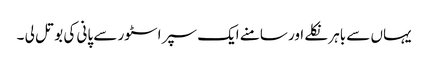
یہاں سے باہر نکلے اور سامنے ایک سپر اسٹور سے پانی کی بوتل لی ۔